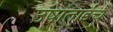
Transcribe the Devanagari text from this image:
उषाताईंचे